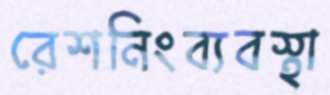
রেশনিংব্যবস্থা